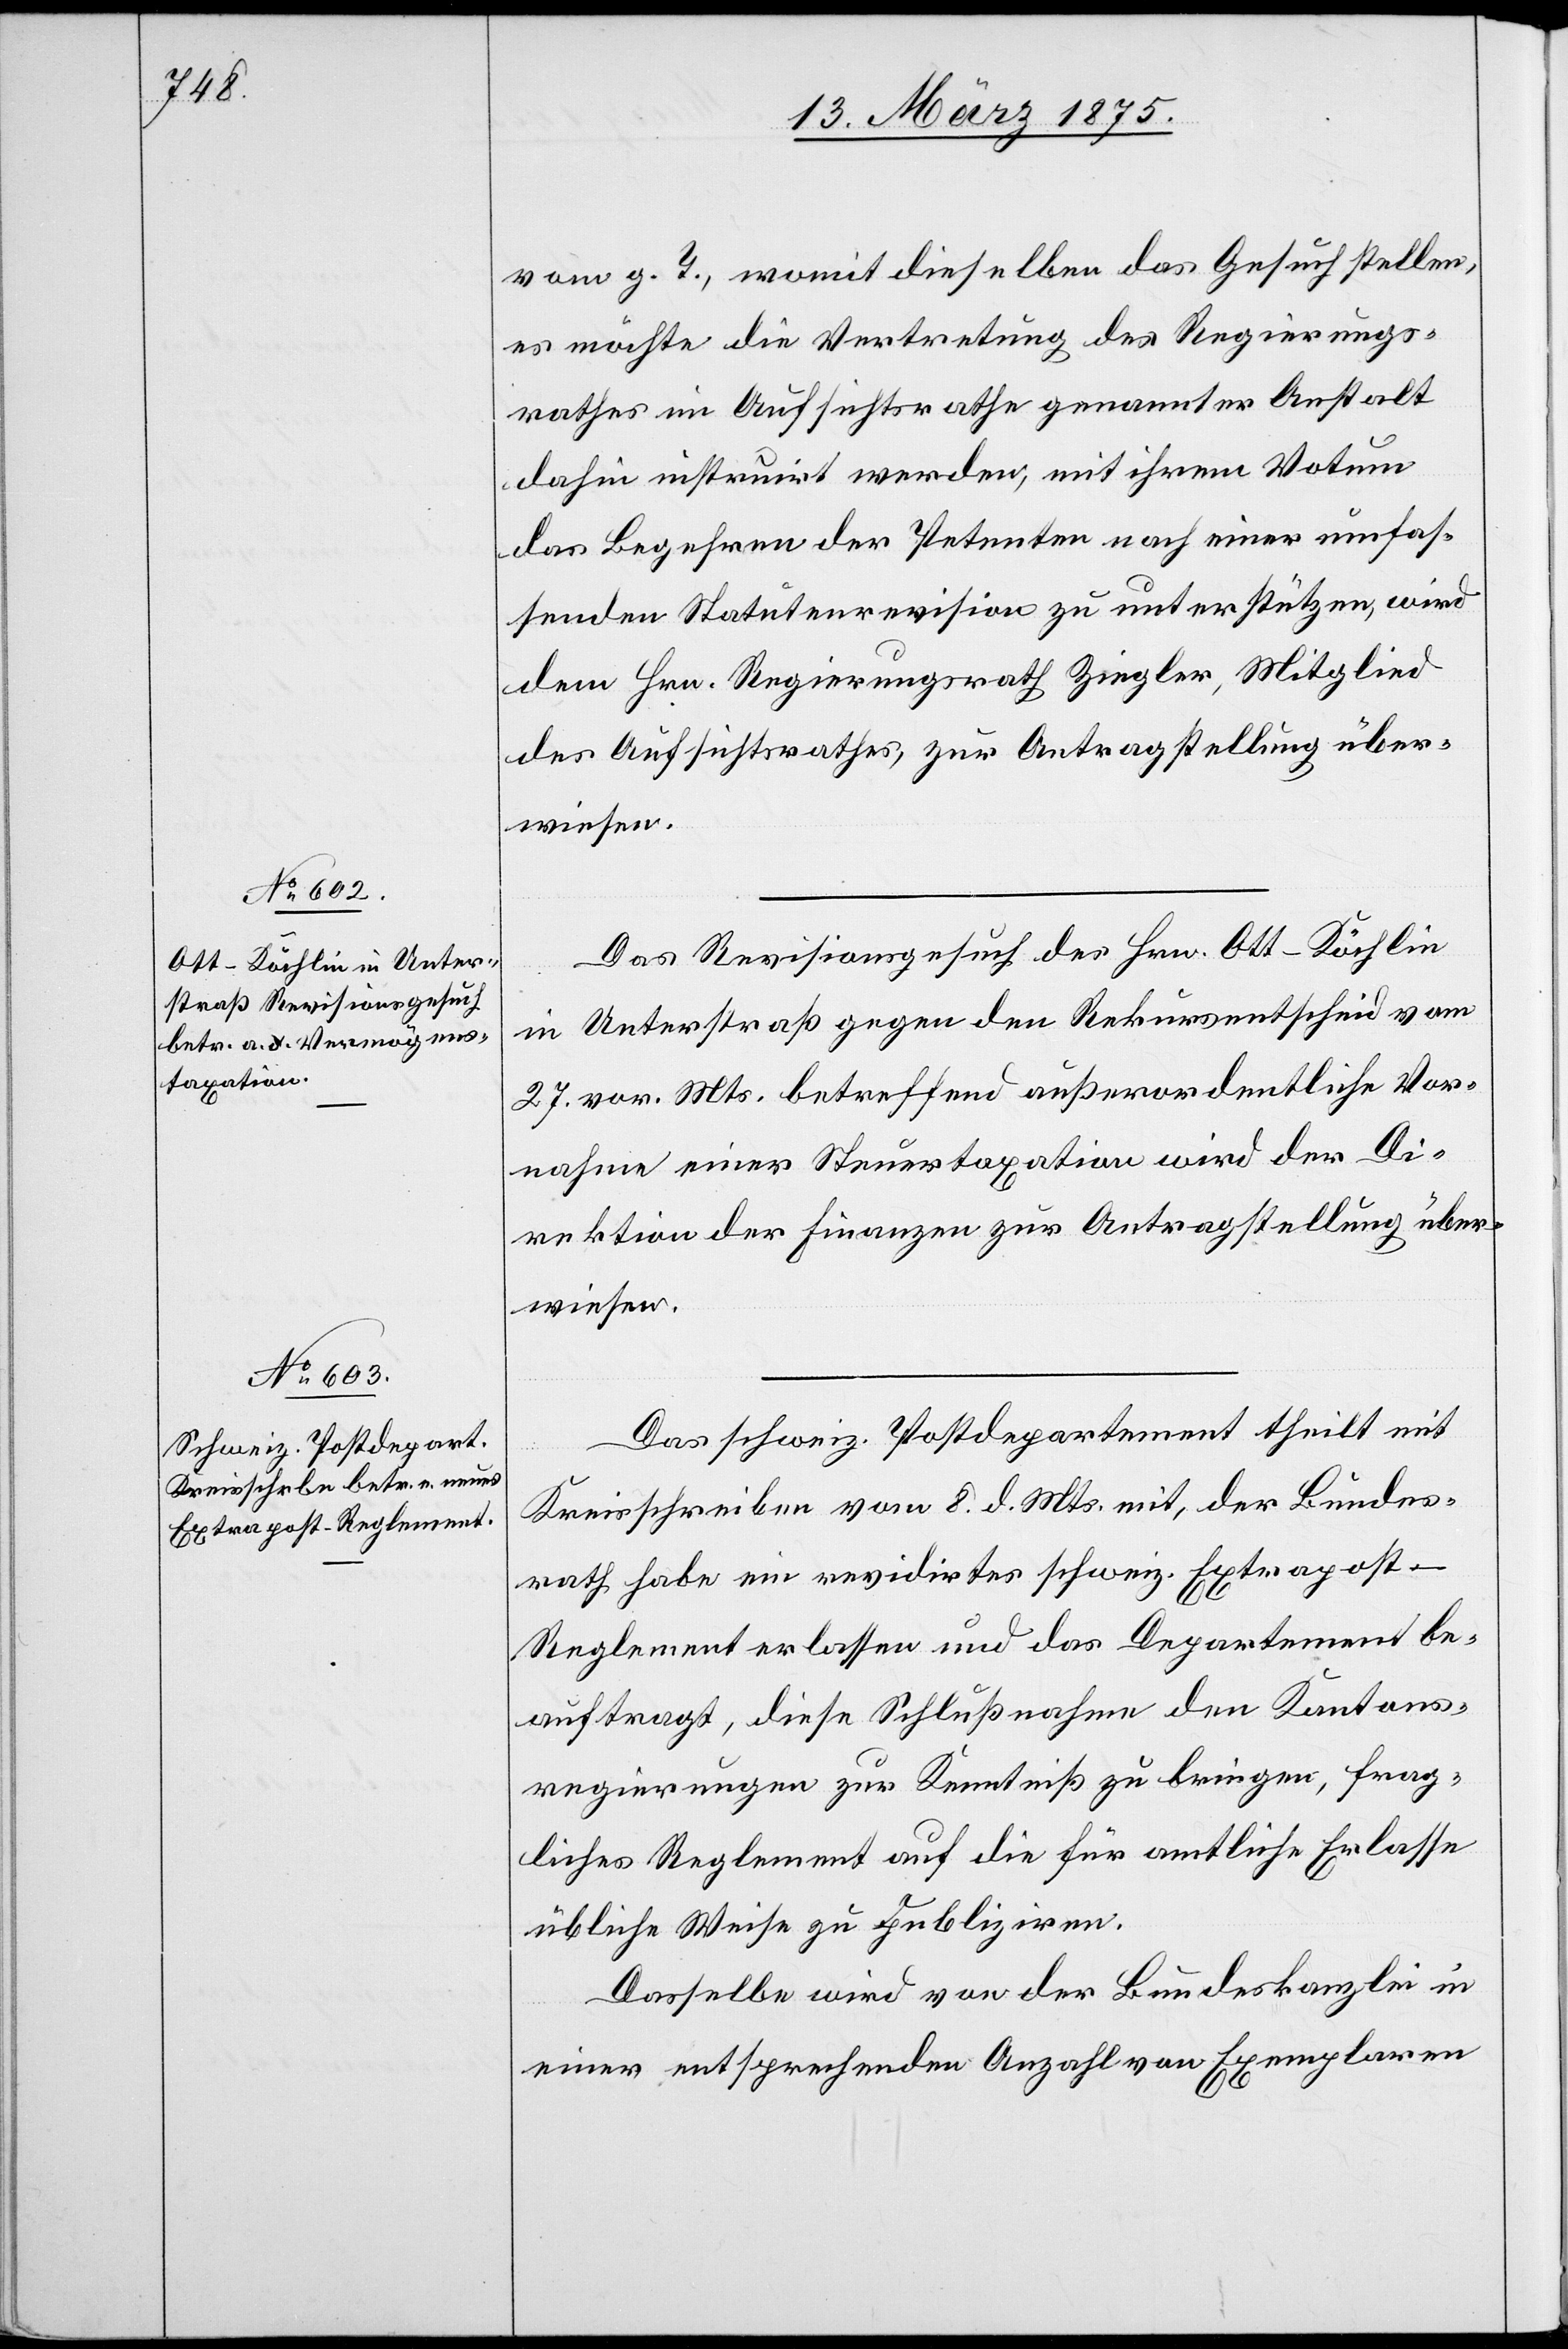
vom g. T., womit dieselben das Gesuch stellen,
es möchte die Vertretung des Regierungs¬
rathes im Aufsichtsrathe genannter Anstalt
dahin instruirt werden, mit ihrem Votum
das Begehren der Petenten nach einer umfas¬
senden Statutenrevision zu unterstützen, wird
dem Hrn. Regierungsrath Ziegler, Mitglied
des Aufsichtsrathes, zur Antragstellung über¬
wiesen.
Das Revisionsgesuch des Hrn. Ott-Köchlin
in Unterstraß gegen den Rekursentscheid vom
27. vor. Mts. betreffend außerordentliche Vor¬
nahme einer Steuertaxation wird der Di¬
rektion der Finanzen zur Antragstellung über¬
wiesen.
Das schweiz. Postdepartement theilt mit
Kreisschreiben vom 8. d. Mts. mit, der Bundes¬
rath habe ein revidirtes schweiz. Extrapost-R¬
eglement erlassen und das Departement be¬
auftragt, diese Schlußnahme den Kantons¬
regierungen zur Kenntniß zu bringen, frag¬
liches Reglement auf die für amtliche Erlasse
übliche Weise zu publiziren:
Dasselbe wird von der Bundeskanzlei in
einer entsprechenden Anzahl von Exemplaren